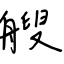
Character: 艘